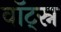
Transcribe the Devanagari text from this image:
वॉट्स्न